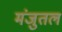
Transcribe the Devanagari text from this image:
मंजुतल